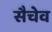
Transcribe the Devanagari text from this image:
सैचेव